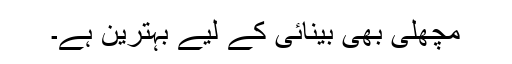
مچھلی بھی بینائی کے لیے بہترین ہے۔